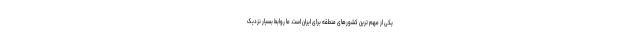
یکی از مهم ترین کشورهای منطقه برای ایران است. ما روابط بسیار نزدیک